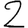
Digit: 2